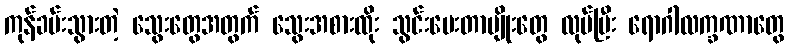
ကုန်ခမ်းသွားတဲ့ သွေးတွေအတွက် သွေးအစားထိုး သွင်းပေးတာမျိုးတွေ လုပ်ပြီး ရောဂါလက္ခဏာတွေ